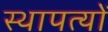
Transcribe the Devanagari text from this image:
स्थापत्यों